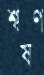
শ্বষণ